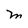
Character: M